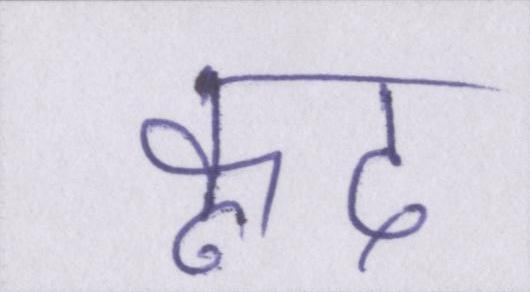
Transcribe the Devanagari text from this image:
कूद